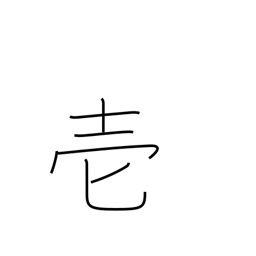
Meaning: one (in documents)